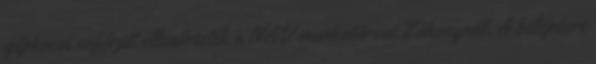
gépkocsi sofőrjét ellenőrizték a NAV munkatársai Záhonynál. A belépésre